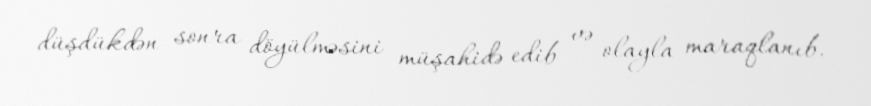
düşdükdən sonra döyülməsini müşahidə edib və olayla maraqlanıb.